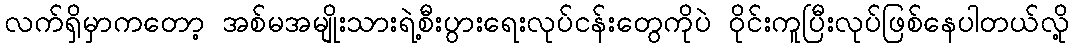
လက်ရှိမှာကတော့ အစ်မအမျိုးသားရဲ့စီးပွားရေးလုပ်ငန်းတွေကိုပဲ ဝိုင်းကူပြီးလုပ်ဖြစ်နေပါတယ်လို့